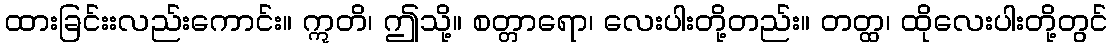
ထားခြင်းးလည်းကောင်း။ ဣတိ၊ ဤသို့။ စတ္တာရော၊ လေးပါးတို့တည်း။ တတ္ထ၊ ထိုလေးပါးတို့တွင်